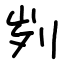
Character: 刿